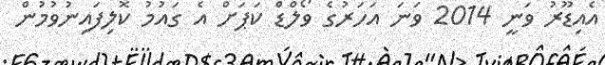
އެއިޑޫރު ވަނީ 2014 ވަނަ އަހަރުގެ ވޯލްޑް ކަޕަށް އެ ގައުމު ކޮލިފައިނުވުމުން